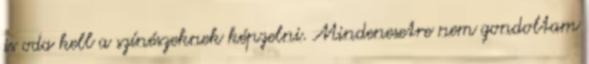
is oda kell a színészeknek képzelni. Mindenesetre nem gondoltam